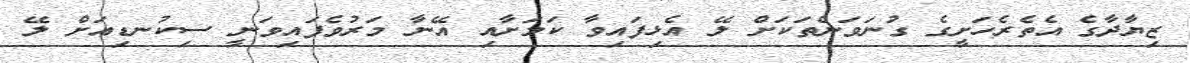
ޒިޔާދާގެ އެތެރެހަށީގެ ގުނަވަންތަކަށް ލޭ އެޅިފައިވާ ކަމަށާއި އޭނާ މަރުވެފައިވަނީ ސިކުނޑިއަށް ލޭ